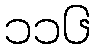
၁၁၆